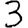
Digit: 3